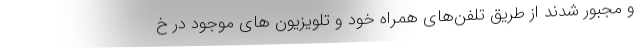
و مجبور شدند از طریق تلفن‌های همراه خود و تلویزیون های موجود در خ